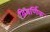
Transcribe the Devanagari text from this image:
द्विवर्णिक